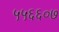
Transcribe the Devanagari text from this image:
५५६६०७